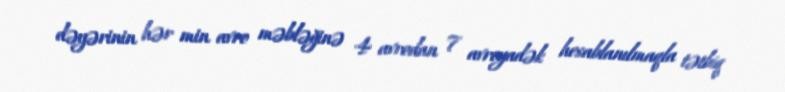
dəyərinin hər min avro məbləğinə 4 avrodan 7 avroyadək hesablanılmaqla tətbiq